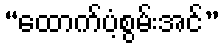
“ထောက်ပံ့စွမ်းအင်”